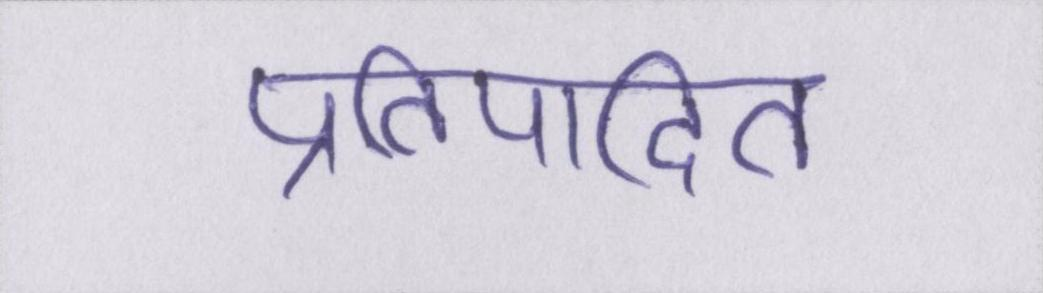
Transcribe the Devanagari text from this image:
प्रतिपादित